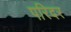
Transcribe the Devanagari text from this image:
परिदर